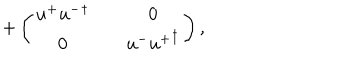
+ \left( \begin{matrix} { { u ^ { + } { u ^ { - } } ^ { \dagger } } } & { { } } & { { 0 } } \\ { { 0 } } & { { } } & { { u ^ { - } { u ^ { + } } ^ { \dagger } } } \\ \end{matrix} \right) ,